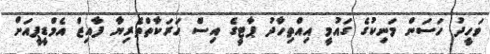
ވަހީދު ހަސަން މަނިކުގެ ގައުމީ އިއްތިހާދު ޕާޓީގެ އިސް ހަރަކާތްތެރިޔާ ފާއިޒް އެމްޑީޕީއަށް